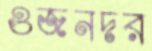
ওজনদর